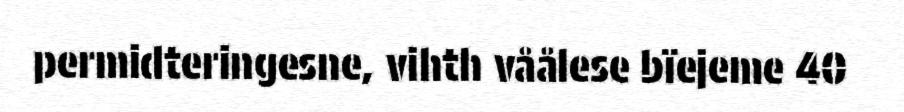
permidteringesne, vihth våålese bïejeme 40